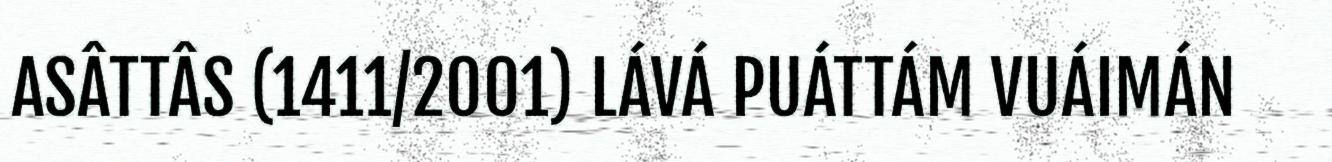
ASÂTTÂS (1411/2001) LÁVÁ PUÁTTÁM VUÁIMÁN